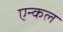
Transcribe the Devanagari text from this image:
एन्कल